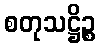
စတုသဋ္ဌိဉ္စ